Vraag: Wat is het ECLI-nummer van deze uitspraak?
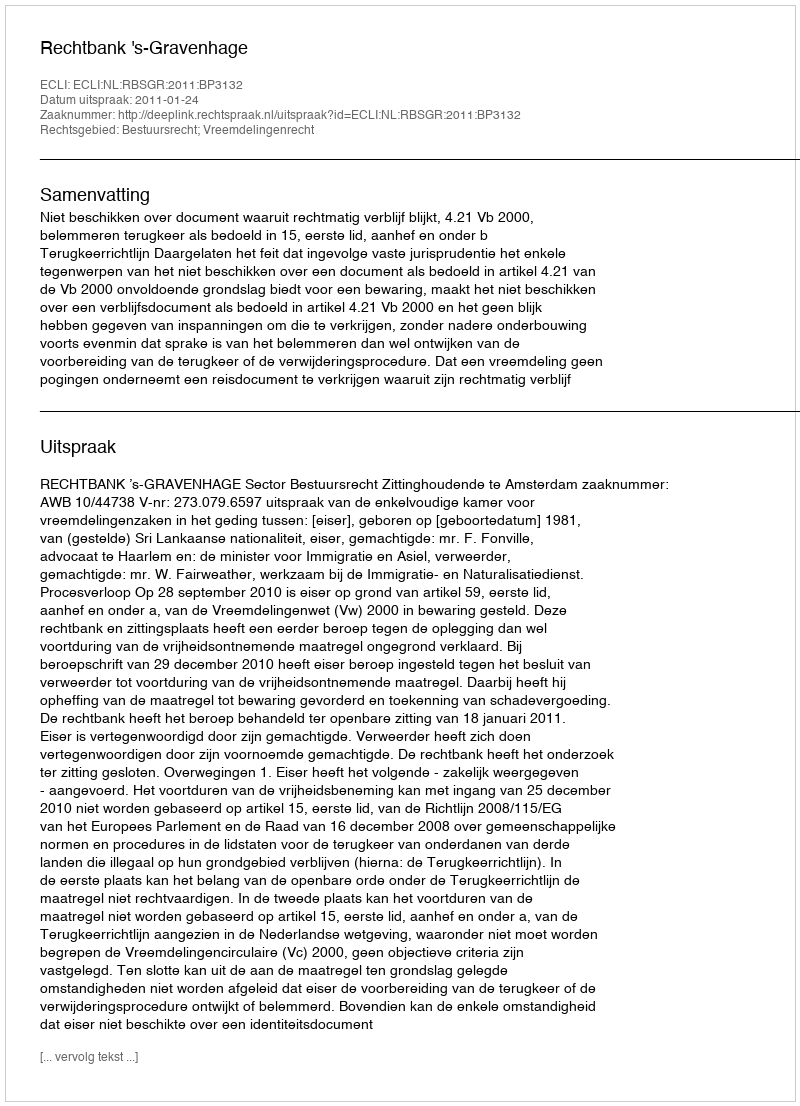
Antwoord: ECLI:NL:RBSGR:2011:BP3132